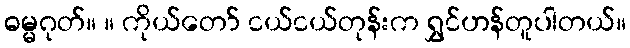
ဓမ္မဂုတ်။ ။ ကိုယ်တော် ငယ်ငယ်တုန်းက ရွှင်ဟန်တူပါတယ်။